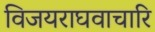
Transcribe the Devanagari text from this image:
विजयराघवाचारि